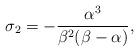
LaTeX: \begin{align*} \sigma_2 = -\dfrac{\alpha^3}{\beta^2(\beta - \alpha)}, \end{align*}